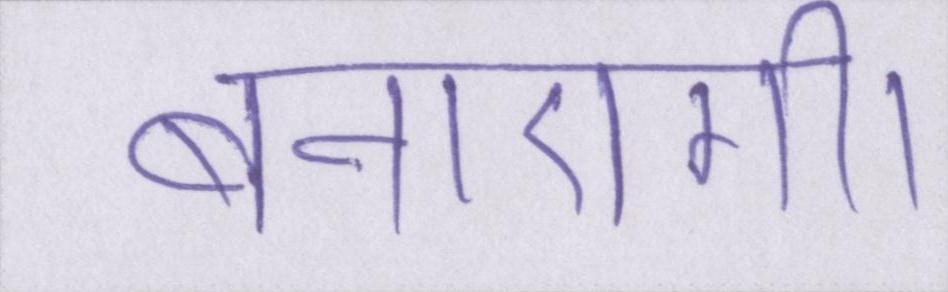
बनाएगी।